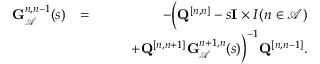
\begin{array} { r l r } { { \bf G } _ { \mathcal { A } } ^ { n , n - 1 } ( s ) } & { = } & { - \Big ( { \bf Q } ^ { [ n , n ] } - s { \bf I } \times I ( n \in \mathcal { A } ) } \\ & { } & { \quad \quad + { \bf Q } ^ { [ n , n + 1 ] } { \bf G } _ { \mathcal { A } } ^ { n + 1 , n } ( s ) \Big ) ^ { - 1 } { \bf Q } ^ { [ n , n - 1 ] } . } \end{array}